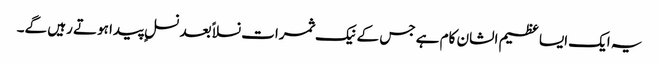
یہ ایک ایسا عظیم الشان کام ہے جس کے نیک ثمرات نسلا ًبعد نسلٍ پیدا ہوتے رہیں گے۔